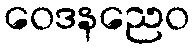
ဝေဒနညေဝ